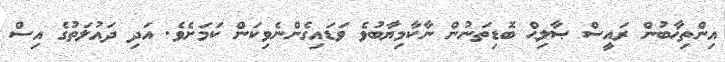
އިންތިޚާބުން ރައީސް ޞާލިޙް ބޮޑިތަނުން ނާކާމިޔާބުވެ ވަޑައިގެންނެވިކަން ކަމަށެވެ. އަދި ދައުލަތުގެ އިސް